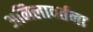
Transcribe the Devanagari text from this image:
अनिलावर्तना